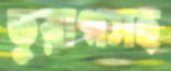
তুরাগসহ